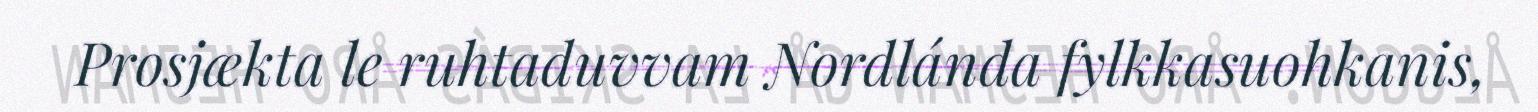
Prosjækta le ruhtaduvvam Nordlánda fylkkasuohkanis,